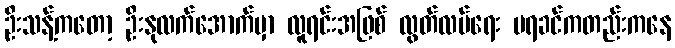
ဦးသန့်ကတော့ ဦးနုလက်အောက်မှာ လူရင်းအဖြစ် လွတ်လပ်ရေး မရခင်ကတည်းကနေ